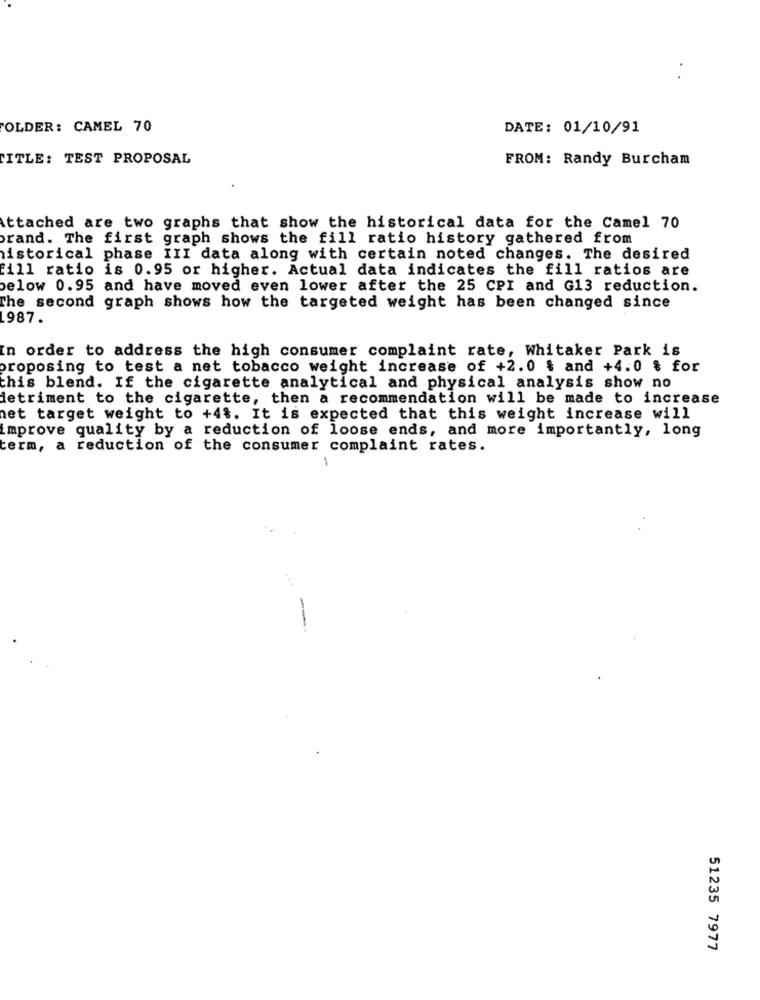
OLDER: CAMEL 70
DATE: 01/10/91
TITLE: TEST PROPOSAL
FROM: Randy Burcham
Attached are two graphs that show the historical data for the Camel 70
brand. The first graph shows the fill ratio history gathered from
historical phase III data along with certain noted changes. The desired
fill ratio is 0.95 or higher. Actual data indicates the fill ratios are
below 0.95 and have moved even lower after the 25 CPI and G13 reduction.
The second graph shows how the targeted weight has been changed since
1987.
In order to address the high consumer complaint rate, Whitaker Park is
proposing to test a net tobacco weight increase of +2.0 & and +4.0 & for
this blend. If the cigarette analytical and physical analysis show no
detriment to the cigarette, then a recommendation will be made to increase
het target weight to +4%. It is expected that this weight increase will
improve quality by a reduction of loose ends, and more importantly, long
term, a reduction of the consumer complaint rates.
51235 7977